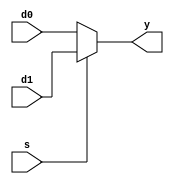
module MUX2 #(parameter WIDTH = 32)
             (input  [WIDTH-1:0] d0, d1, 					//
              input              s, 
              output [WIDTH-1:0] y);

  assign y = s ? d1 : d0; 
  
endmodule

module MUX3 #(parameter WIDTH = 32)							//
             (input  [WIDTH-1:0] d0, d1, d2,
              input  [1:0]       s, 
              output [WIDTH-1:0] y);

  assign y = s[1] ? d2 : (s[0] ? d1 : d0); 
  
endmodule

module MUX4 #(parameter WIDTH = 32)							//
             (input  [WIDTH-1:0] d0, d1, d2, d3,
              input  [1:0]       s, 
              output [WIDTH-1:0] y);

  assign y = s[1] ? (s[0] ? d3 : d2) : (s[0] ? d1 : d0); 
  
endmodule